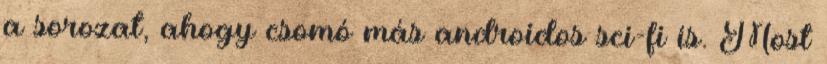
a sorozat, ahogy csomó más androidos sci-fi is. Most